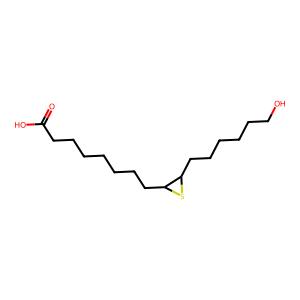
SMILES: O=C(O)CCCCCCCC1SC1CCCCCCO
Inhibits HIV replication: No